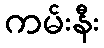
ကမ်းနီး